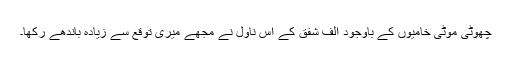
چھوٹی موٹی خامیوں کے باوجود الف شفق کے اس ناول نے مجھے میری توقع سے زیادہ باندھے رکھا۔